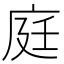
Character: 庭